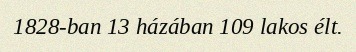
1828-ban 13 házában 109 lakos élt.